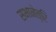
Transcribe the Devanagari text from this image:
सभानेत्रि